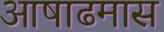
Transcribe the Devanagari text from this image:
आषाढमास